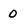
Character: o